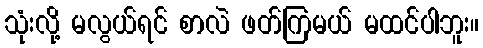
သုံးလို့ မလွယ်ရင် စာလဲ ဖတ်ကြမယ် မထင်ပါဘူး။